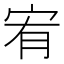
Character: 宥